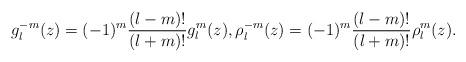
LaTeX: \begin{align*}g_l^{-m}(z)=(-1)^m\frac{(l-m)!}{(l+m)!}g_l^m(z),\rho_l^{-m}(z)=(-1)^m\frac{(l-m)!}{(l+m)!}\rho_l^m(z).\end{align*}